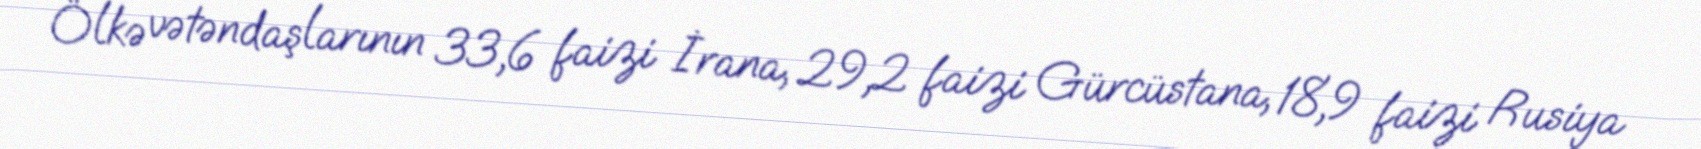
Ölkə vətəndaşlarının 33,6 faizi İrana, 29,2 faizi Gürcüstana, 18,9 faizi Rusiya